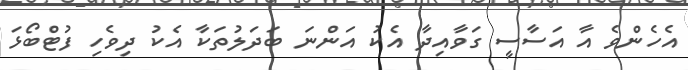
އެހެންވެ އާ އަސާސީ ގަވާއިދާ އެކު އަންނަ ބަދަލުތަކާ އެކު ދިވެހި ފުޓްބޯޅަ